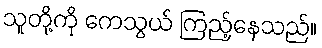
သူတို့ကို ကေသွယ် ကြည့်နေသည်။